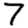
Digit: 7